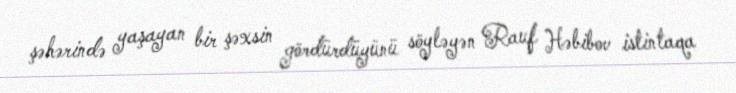
şəhərində yaşayan bir şəxsin gördürdüyünü söyləyən Rauf Həbibov istintaqa